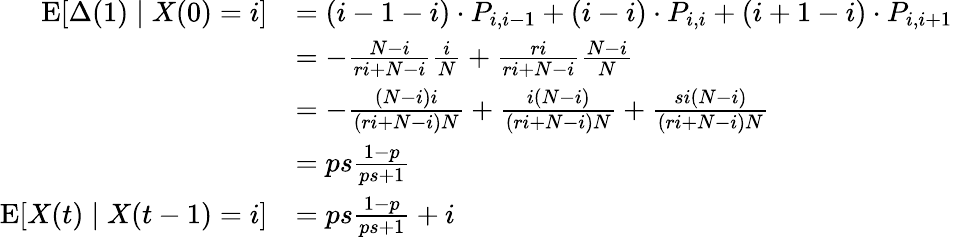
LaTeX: {\begin{array}{rl}{\operatorname{E}[\Delta(1)\mid X(0)=i]}&{=(i-1-i)\cdot P_{i,i-1}+(i-i)\cdot P_{i,i}+(i+1-i)\cdot P_{i,i+1}}\\ &{=-{\frac{N-i}{ri+N-i}}{\frac{i}{N}}+{\frac{ri}{ri+N-i}}{\frac{N-i}{N}}}\\ &{=-{\frac{(N-i)i}{(ri+N-i)N}}+{\frac{i(N-i)}{(ri+N-i)N}}+{\frac{si(N-i)}{(ri+N-i)N}}}\\ &{=ps{\frac{1-p}{ps+1}}}\\ {\operatorname{E}[X(t)\mid X(t-1)=i]}&{=ps{\frac{1-p}{ps+1}}+i}\end{array}}